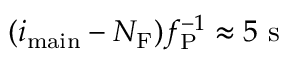
( i _ { \mathrm { m a i n } } - N _ { \mathrm { F } } ) f _ { \mathrm { P } } ^ { - 1 } \approx 5 ~ \mathrm { s }